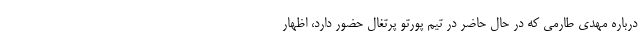
درباره مهدی طارمی که در حال حاضر در تیم پورتو پرتغال حضور دارد، اظهار